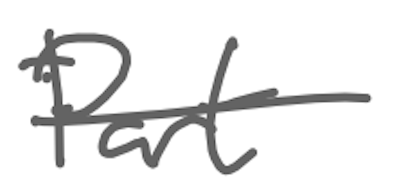
Text: Part
Cross-out: single-line
Writing tool: digital_gray